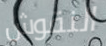
النقوش